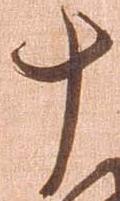
十